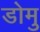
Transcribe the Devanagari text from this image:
डोमु